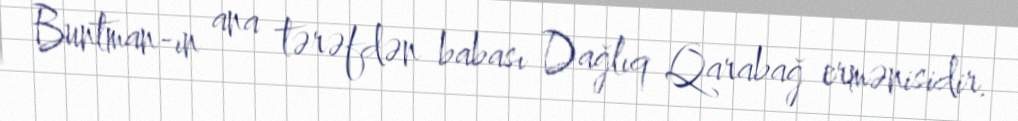
Buntman-ın ana tərəfdən babası Dağlıq Qarabağ ermənisidir.